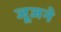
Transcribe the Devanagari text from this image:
जूजने